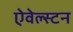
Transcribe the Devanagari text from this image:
ऐवेल्स्टन